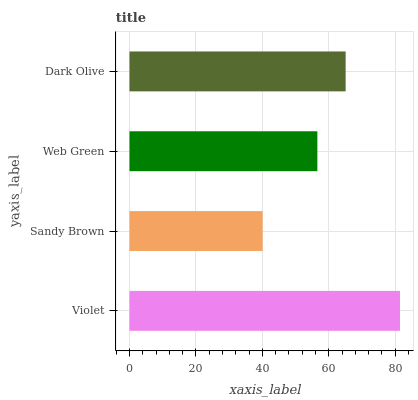
| yaxis_label | bars |
 | --- | --- |
 | Violet | 81.5 |
 | Sandy Brown | 40.1 |
 | Web Green | 56.6 |
 | Dark Olive | 65.1 |